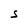
Character: S